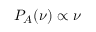
P _ { A } ( \nu ) \propto \nu